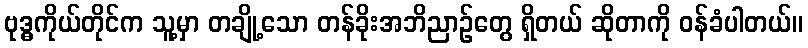
ဗုဒ္ဓကိုယ်တိုင်က သူ့မှာ တချို့သော တန်ခိုးအဘိညာဉ်တွေ ရှိတယ် ဆိုတာကို ဝန်ခံပါတယ်။